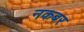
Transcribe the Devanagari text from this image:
नकबर